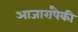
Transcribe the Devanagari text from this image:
आजारांपैकी